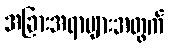
အခြားအရာများအတွက်